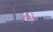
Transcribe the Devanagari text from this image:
इंग्भेद